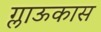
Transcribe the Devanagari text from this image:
ग्लाऊकास